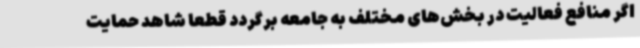
اگر منافع فعالیت در بخش‌های مختلف به جامعه برگردد قطعا شاهد حمایت